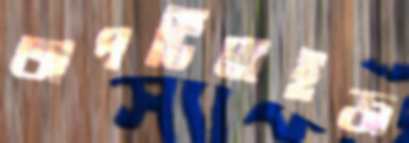
অপটিমাইজ